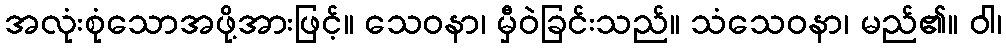
အလုံးစုံသောအဖို့အားဖြင့်။ သေဝနာ၊ မှီဝဲခြင်းသည်။ သံသေဝနာ၊ မည်၏။ ဝါ၊